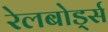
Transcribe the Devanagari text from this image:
रेलबोर्ड्स